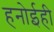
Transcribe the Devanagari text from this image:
हनोईही